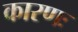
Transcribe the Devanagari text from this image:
कारणः